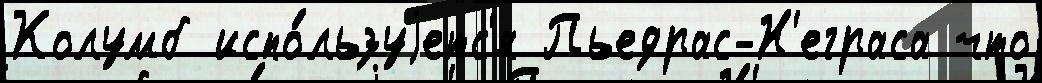
Колумб испо́льзуjетс'я Пьедрас-Н'еграса что